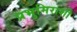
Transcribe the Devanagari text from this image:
प्रभुमिराशी